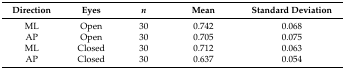
| Direction | Eyes | n | Mean | Standard Deviation |
 | --- | --- | --- | --- | --- |
 | ML | Open | 30 | 0.742 | 0.068 |
 | AP | Open | 30 | 0.705 | 0.075 |
 | ML | Closed | 30 | 0.712 | 0.063 |
 | AP | Closed | 30 | 0.637 | 0.054 |